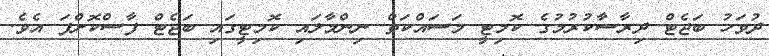
ދުވަހު ބަޖެޓް ދިރާސާކުރުމުގެ ކޮމިޓީ މަސައްކަތް ނިންމާލައި ކޮމިޓީގައި ބަޖެޓް ފާސްކޮށްފަ އެވެ.